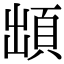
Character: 䪼